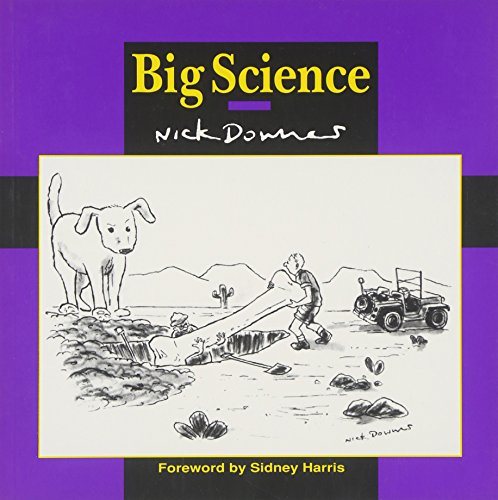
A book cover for Big Science; Nick Downes; Humor & Entertainment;